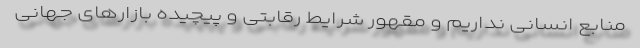
منابع انسانی نداریم و مقهور شرایط رقابتی و پیچیده بازارهای جهانی